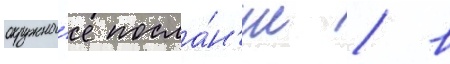
окружно́е посла́н'ие / в